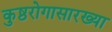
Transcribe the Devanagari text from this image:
कुष्ठरोगासारख्या